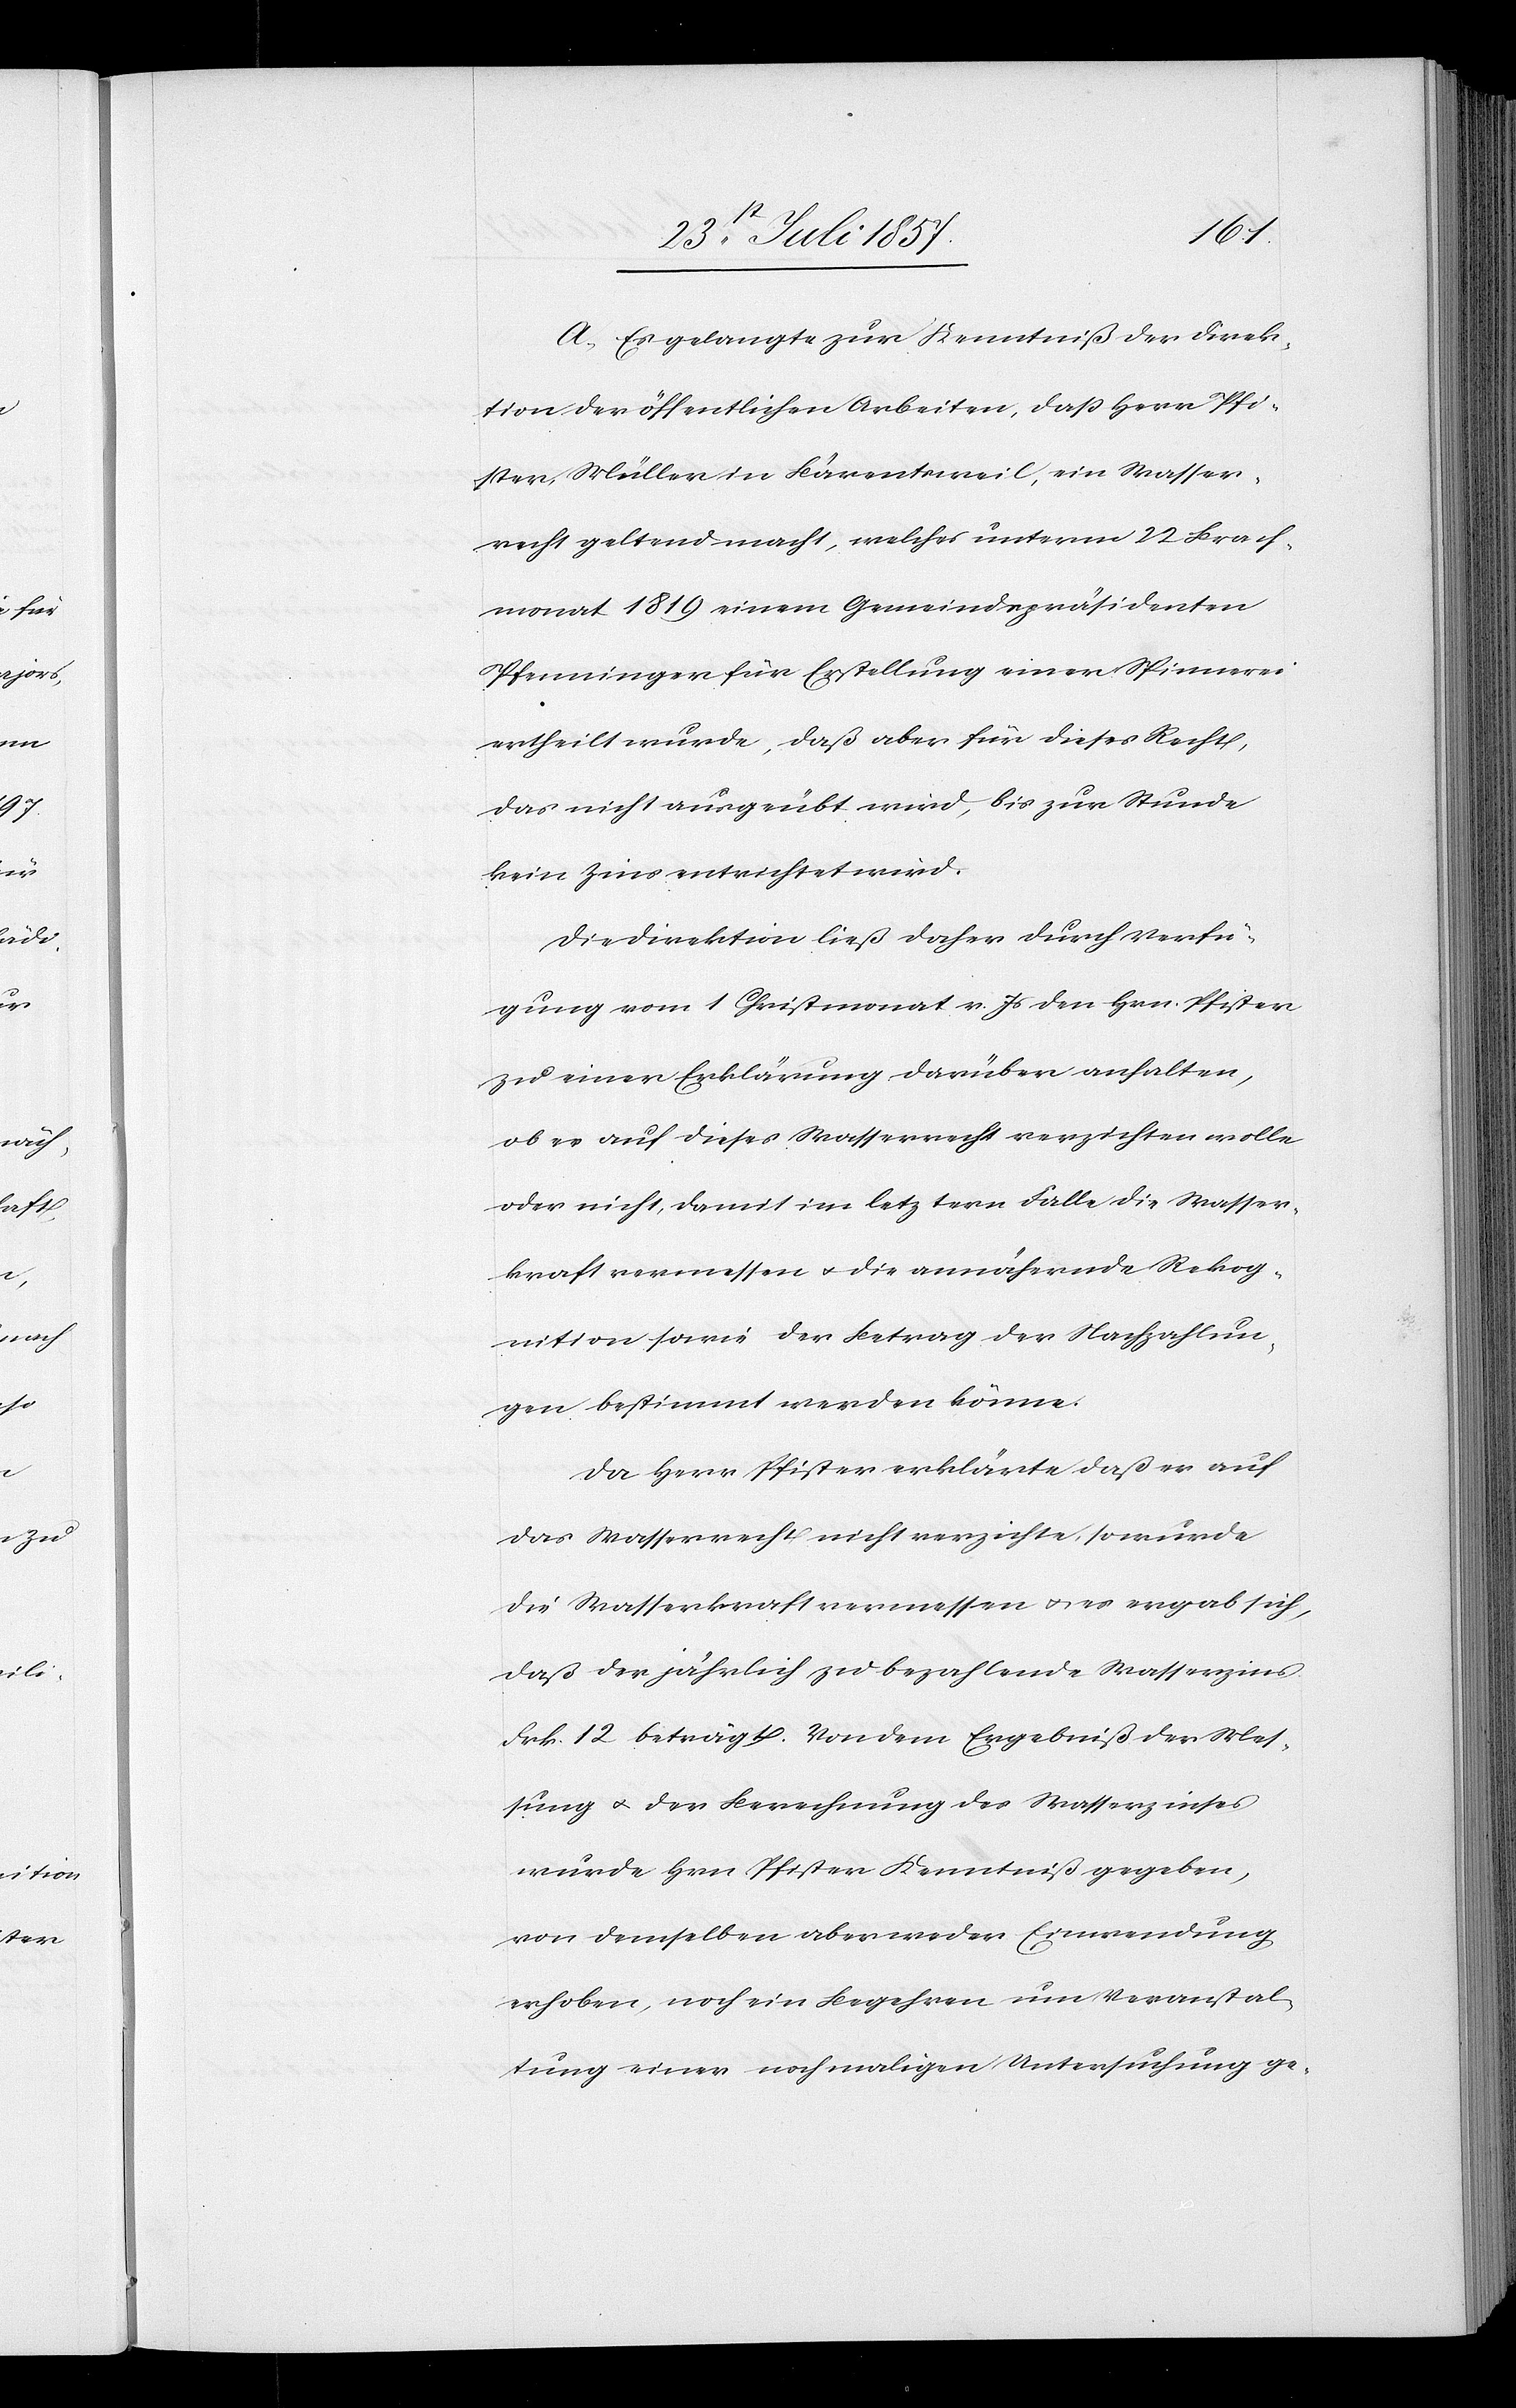
A. Es gelangte zur Kenntniß der Direk¬
tion der öffentlichen Arbeiten, daß Herr Pfi¬
ster Müller in Bärentsweil, ein Wasser¬
recht geltend macht, welches unterm 22 Brach¬
monat 1819 einem Gemeindspräsidenten
Pfenninger für Erstellung einer Spinnerei
ertheilt wurde, daß aber für dieses Recht,
das nicht ausgeübt wird, bis zur Stunde
kein Zins entrichtet wird.
Die Direktion ließ daher durch Verfü¬
gung vom 1 Christmonat v. Js. den Hrn. Pfister
zu einer Erklärung darüber anhalten,
ob er auf dieses Wasserrecht verzichten wolle
oder nicht, damit im letztern Falle die Wasser¬
kraft vermessen & die annähernde Rekog¬
nition sowie der Betrag der Nachzahlun¬
gen bestimmt werden könne.
Da Herr Pfister erklärte daß er auf
das Wasserrecht nicht verzichte, so wurde
die Wasserkraft vermessen & es ergab sich,
daß der jährlich zu bezahlende Wasserzins,
Frk. 12 beträgt. Von dem Ergebniß der Mes¬
sung & der Berechnung des Wasserzinses
wurde Hrn. Pfister Kenntniß gegeben,
von demselben aber weder Einwendung
erhoben, noch ein Begehren um Veranstal¬
tung einer nochmaligen Untersuchung ge-